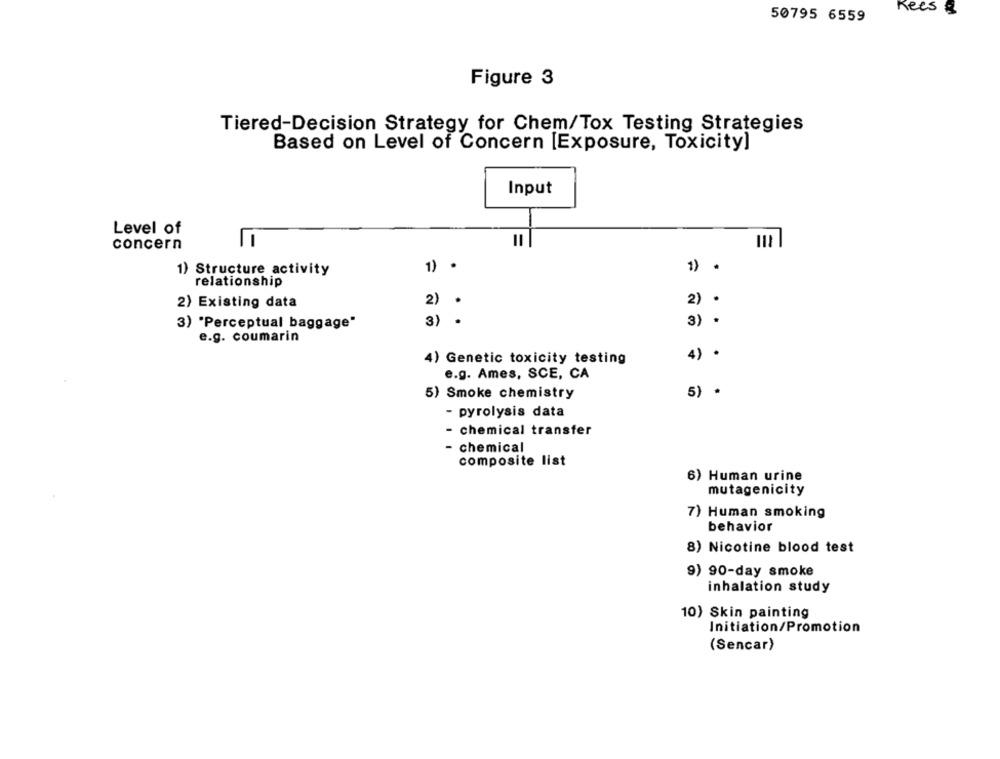
Kees
50795 6559
Figure 3
Tiered-Decision Strategy for Chem/Tox Testing Strategies
Based on Level of Concern [Exposure, Toxicity]
Input
Level of
concern
1) Structure activity
1) .
1) .
relationship
2) Existing data
2) .
2) .
3) "Perceptual baggage"
3)
3) .
e.g. coumarin
4) .
4) Genetic toxicity testing
e.g. Ames, SCE, CA
5) Smoke chemistry
5) .
- pyrolysis data
- chemical transfer
- chemical
composite list
6) Human urine
mutagenicity
7) Human smoking
behavior
8) Nicotine blood test
9) 90-day smoke
inhalation study
10) Skin painting
Initiation/Promotion
(Sencar)